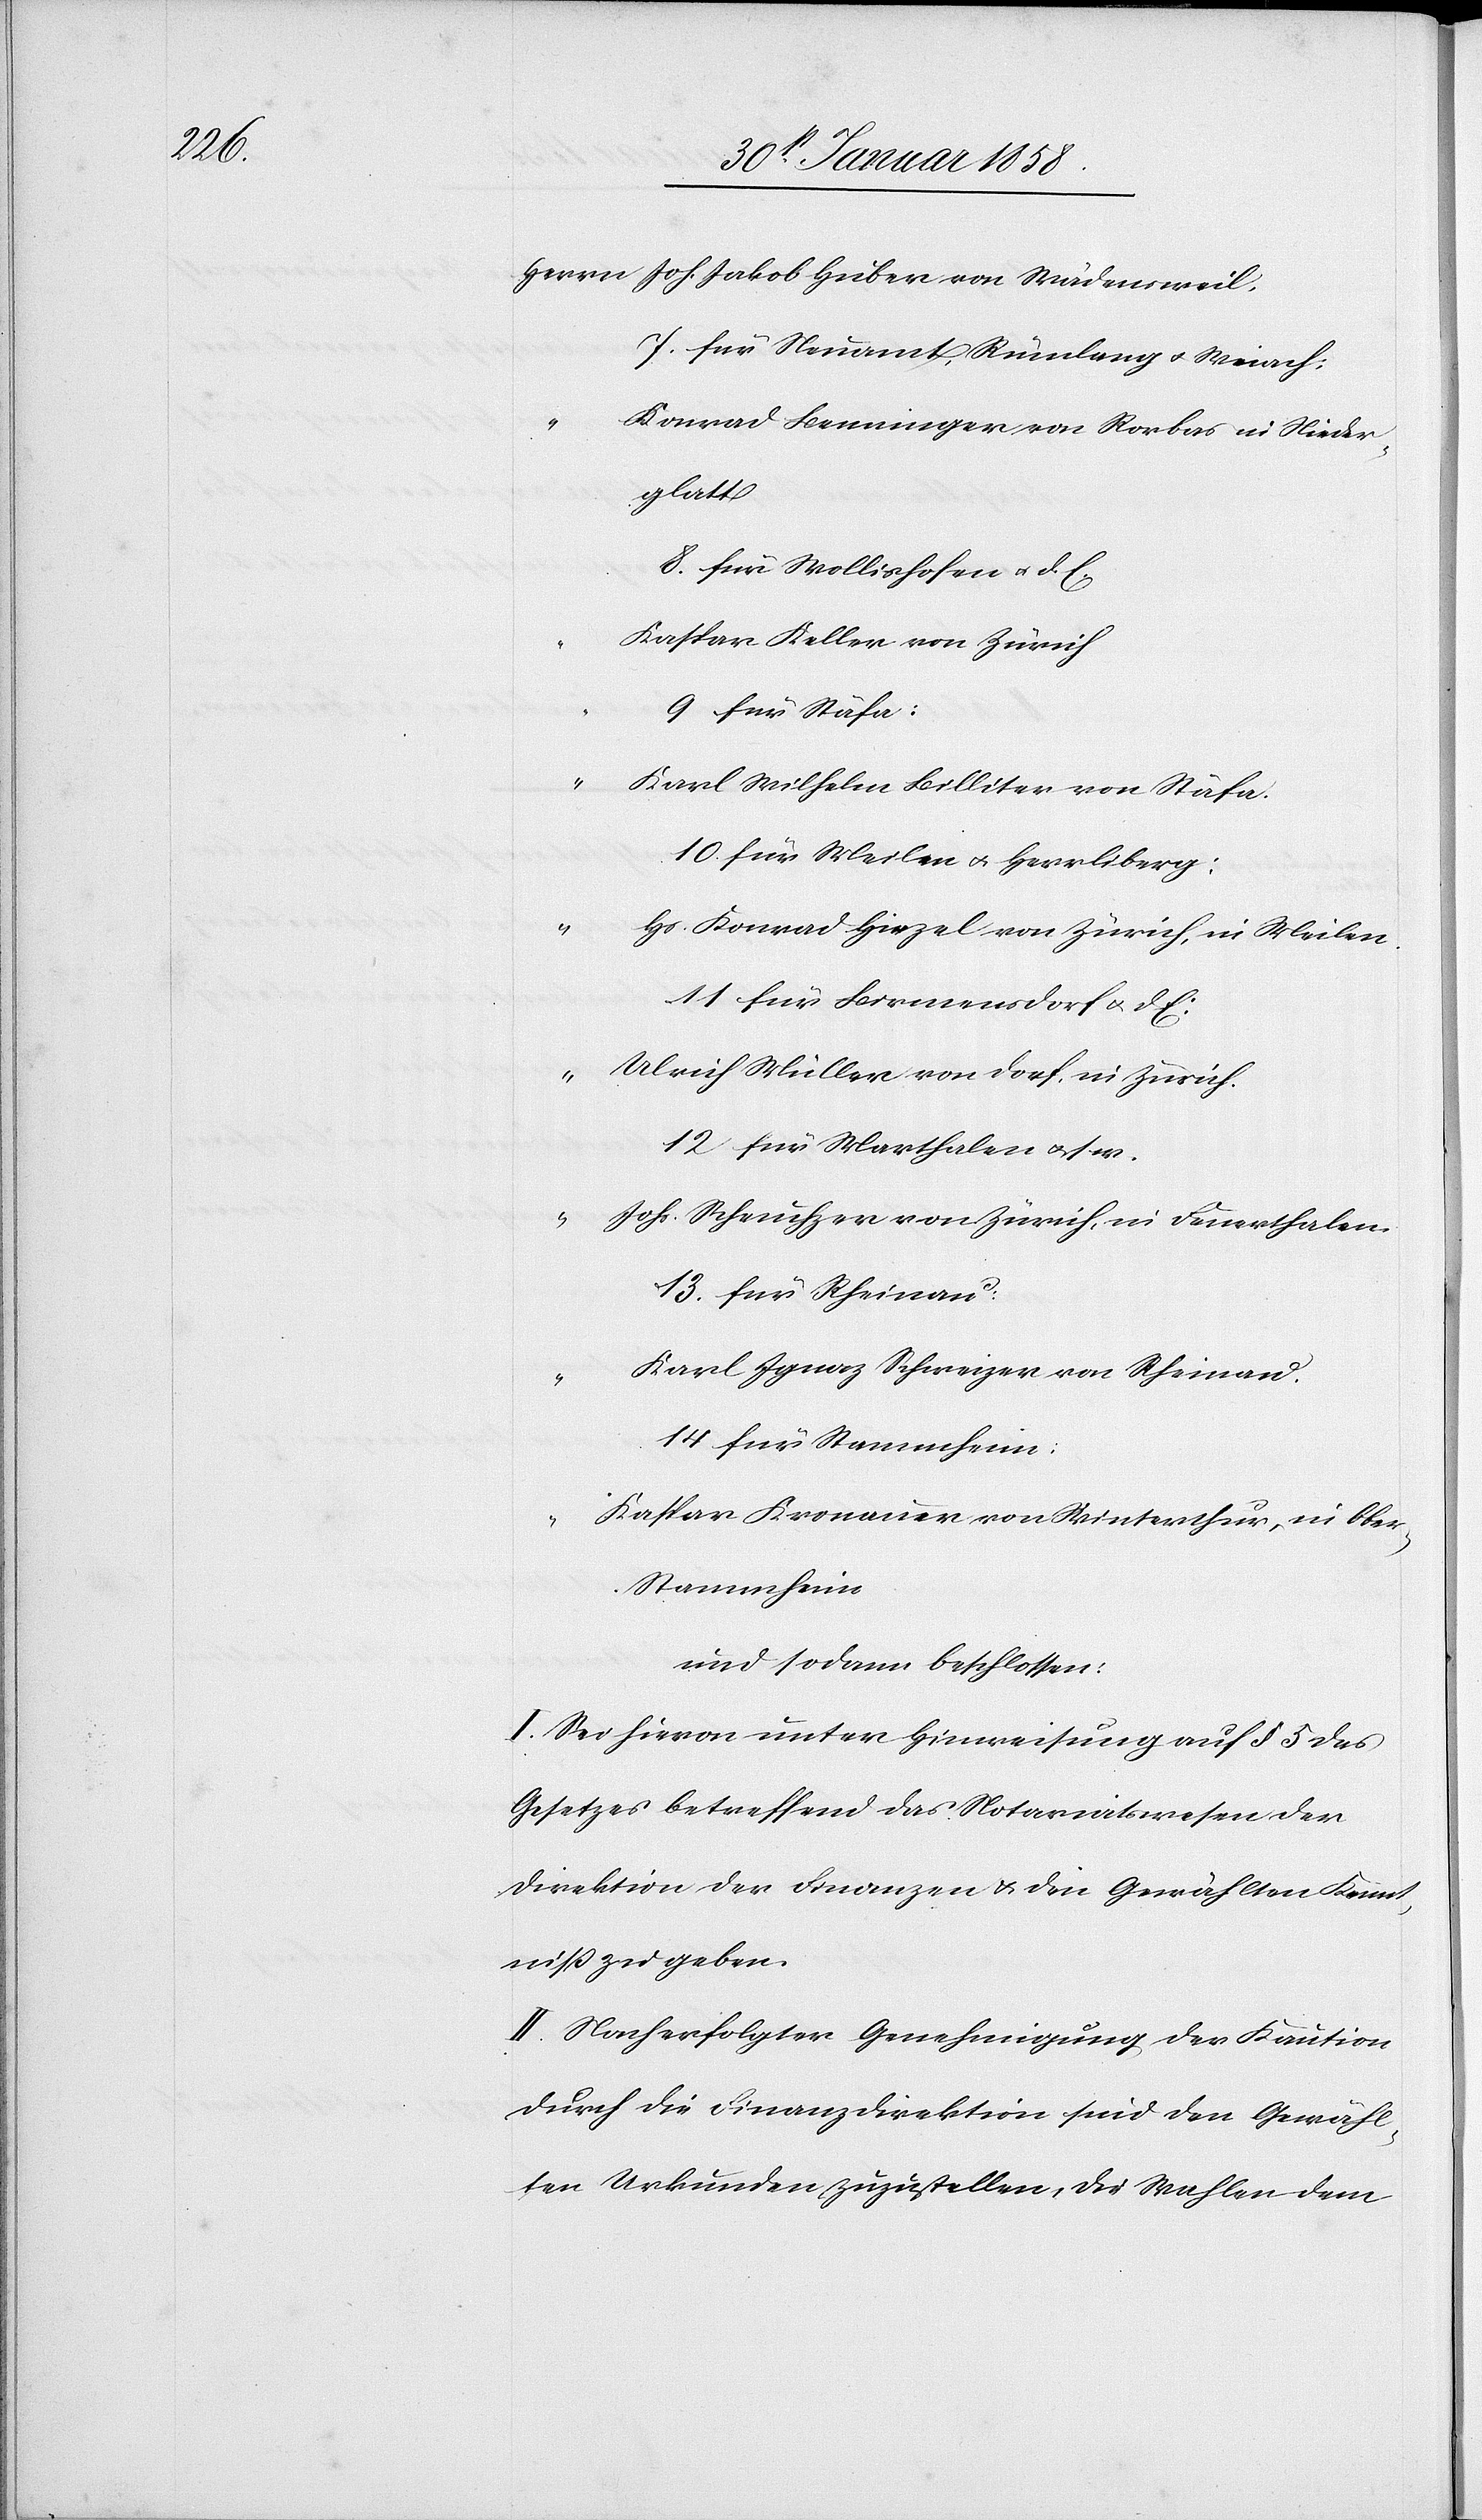
Herrn Joh. Jakob Huber von Wädensweil.
7. für Neuamt, Rümlang u. Weiach:
Konrad Benninger von Rorbas in Nieder¬
glatt
8. für Wollishofen u. d. E.
Kaspar Keller von Zürich
9 für Stäfa:
“
Karl Wilhelm Billiter von Stäfa.
10 für Meilen u. Herrliberg:
Hs. Konrad Hirzel von Zürich, in Meilen.
11. für Birmensdorf u. d. E:
“ Ulrich Müller von Dorf, in Zürich.
12 für Marthalen usw.
“
Johs. Scheuchzer von Zürich, in Feuerthalen.
13. für Rheinau:
Karl Ignaz Schweizer von Rheinau.
14 für Stammheim:
Kaspar Kronauer von Winterthur, in Obe¬
r-Stammheim.
und sodann beschlossen:
I. Sei hievon unter Hinweisung auf § 5 des
Gesetzes betreffend das Notariatswesen der
Direktion der Finanzen u. den Gewählten Kennt¬
niß zu geben.
II. Nach erfolgter Genehmigung der Kaution
durch die Finanzdirektion sind den Gewähl¬
ten Urkunden zuzustellen, die Wahlen dem